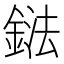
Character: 鍅